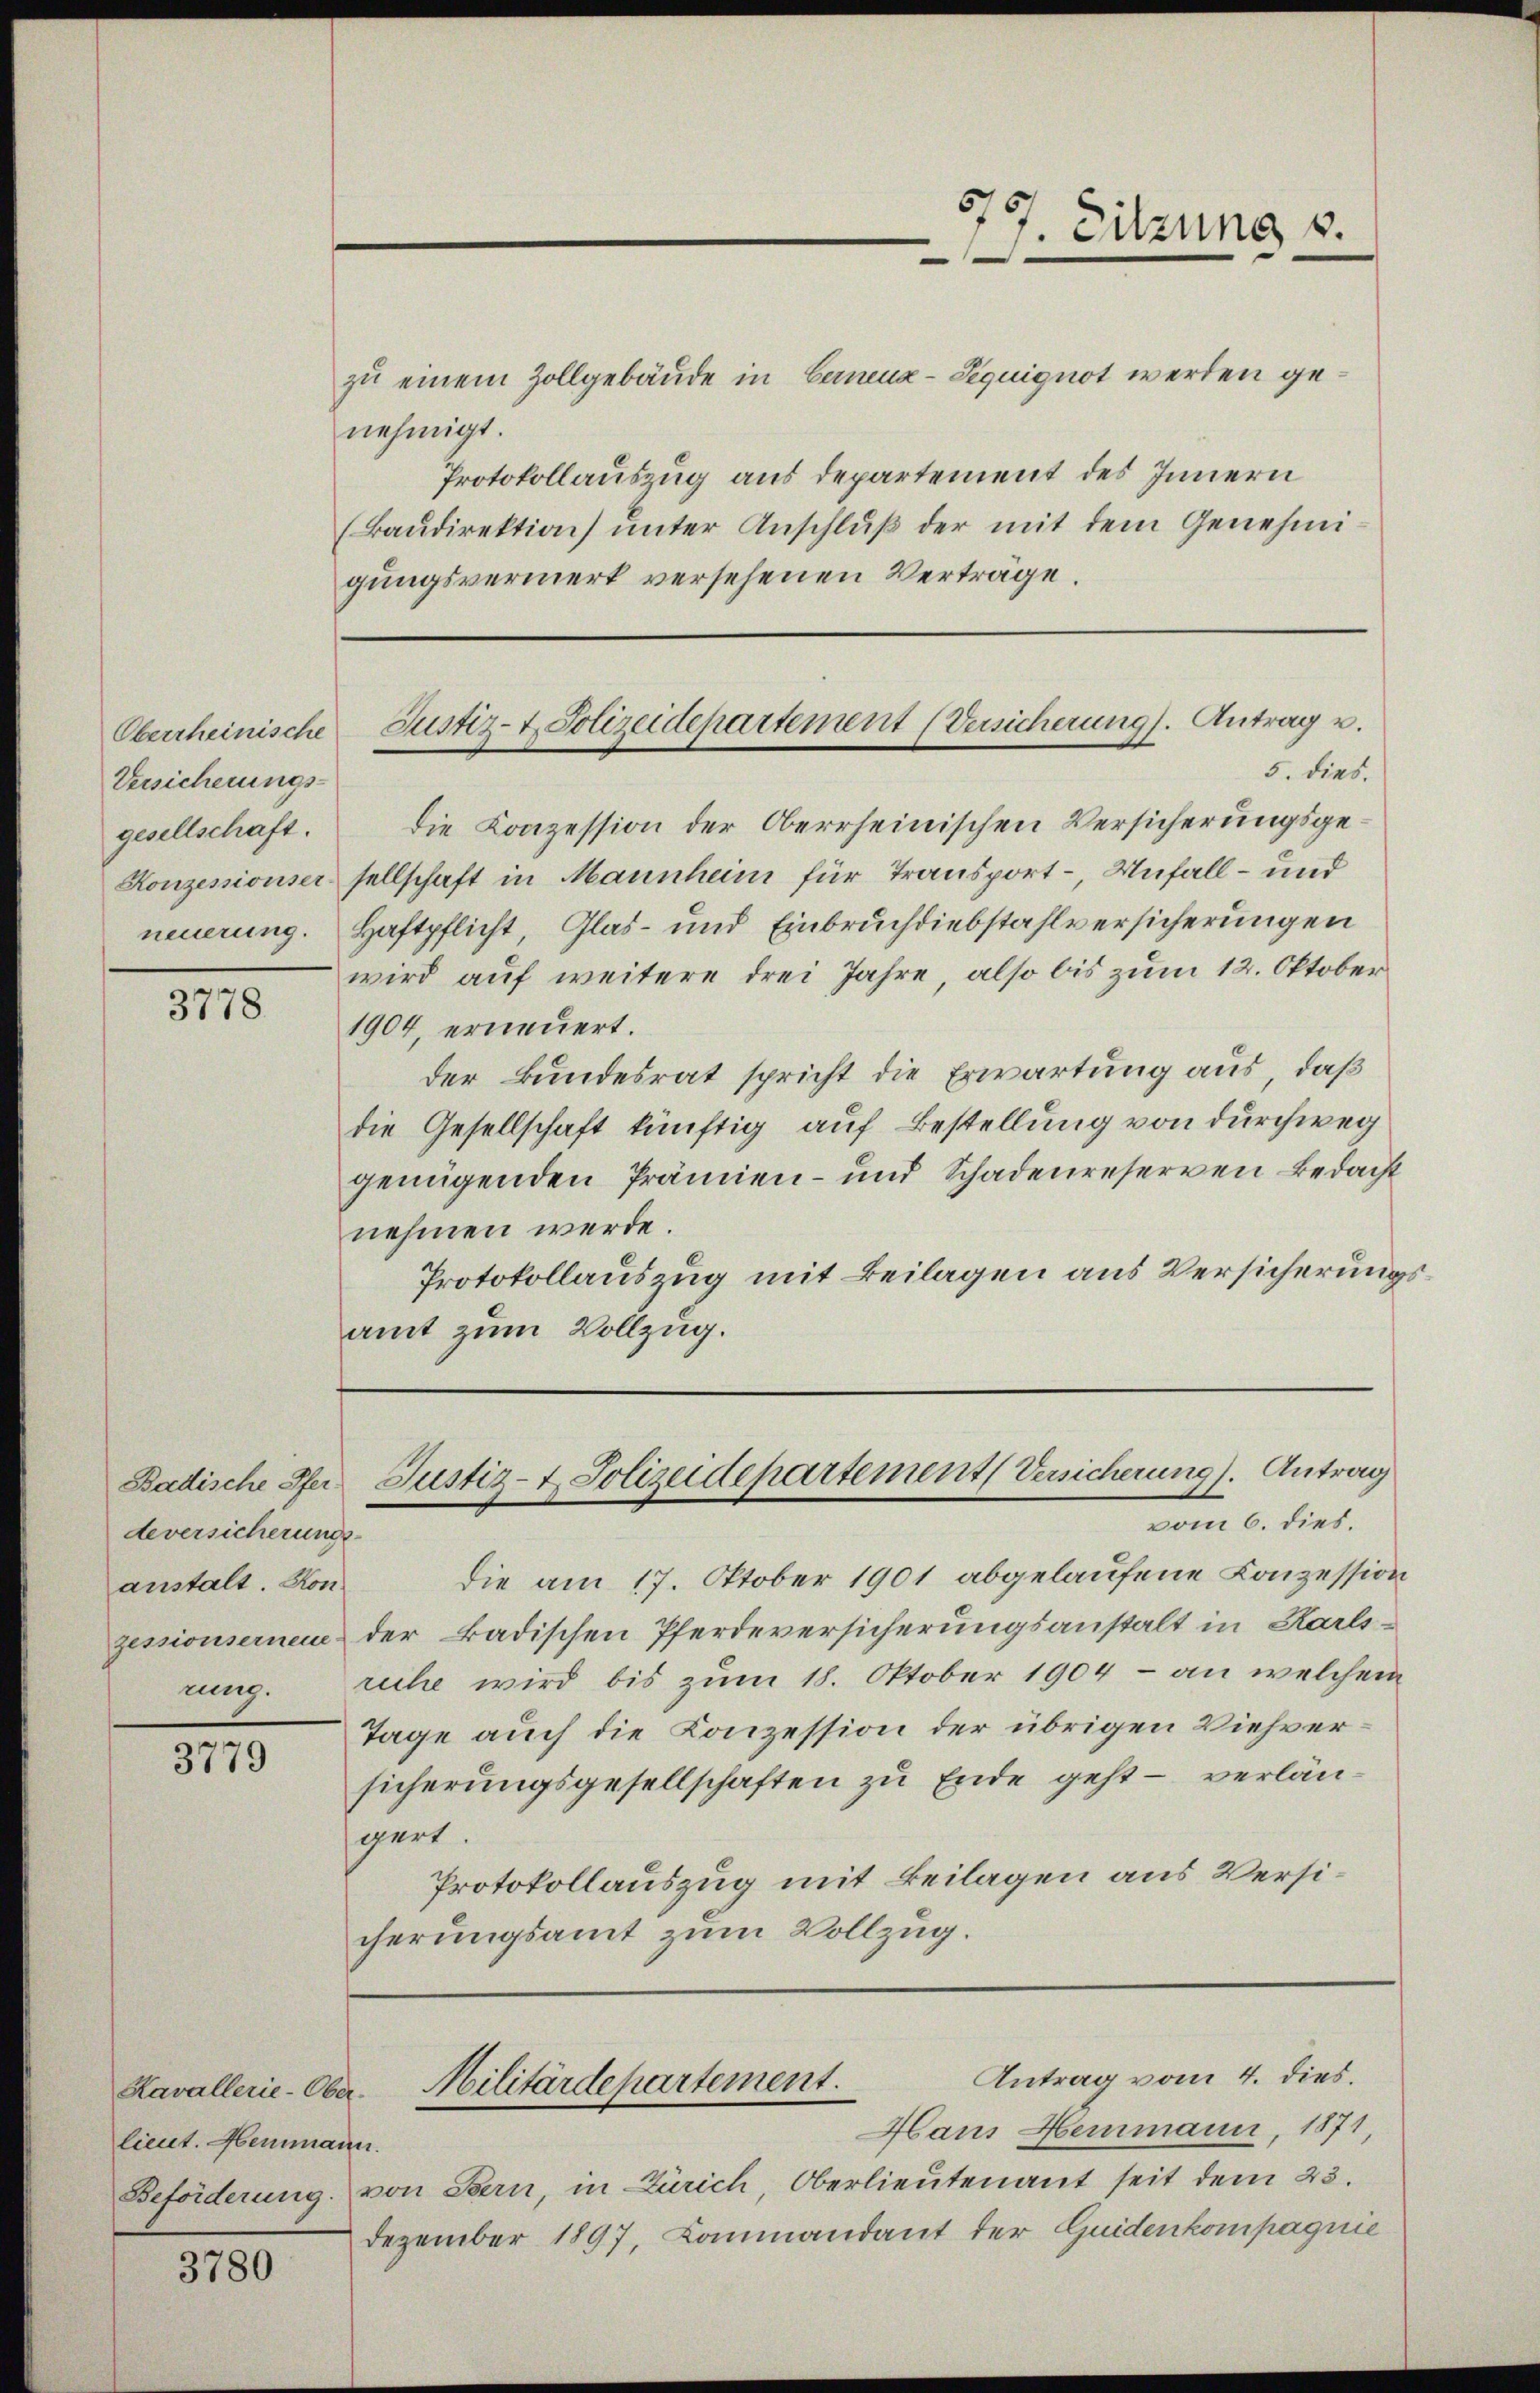
Oberrheinische
Versicherungs-
gesellschaft.
Konzessionser-

3778

Badische Pferdeversicherungs
anstalt. Kon
zessionserneue
rung.

3779

Kavallerie-Oberlieut. Heimann.

3780

zu einem Zollgebäude in Gernenz-Seguignot werden genehmigt.
Protokollauszug aus departement des Innern
(Baŭdirektion unter Anschluß der mit dem Genehmigungsvermerk versehenen Verträge.

die am 17. Oktober 1901 abgelaufene Conzession
der Badischen Pferdeversicherungsanstalt in Karlsreche wird bis zum 18. Oktober 1904 - an welchem
Tage auch die Konzession der übrigen Viehversicherungsgesellschaften zu Ende geht – verlänspart.
Protokollauszug mit Beilagen aus Versicherungsamt zum Vollzug.

577. Sitzung v.

Die Konzession der Oberrheinischen Versicherungsgesellschaft in Mannheim für Transport- Unfall- und
neuerung. Haftpflicht, Glas- und Einbruchdiebstahlversicherungen
wird auf weitere drei Jahre, also bis zum 12. Oktober
1904, erneuert.
der Bundesrat spricht die Erwartung aus, daß
die Gesellschaft künftig auf Bestellung von durchweg
genügenden Prämien- und Schadenreserven Bedacht
nehmen werde.
Protokollauszug mit Beilagen aus Versicherungsamt zum Vollzug.

Justiz- & Polizeidepartement (Versicherung). Antrag u.
5. dies.

Justiz- & Polizeidepartement (Versicherung). Antrag
vom 6. dies.

Antrag vom 4. dies.
Militärdepartement.

Hans Hemmann, 1871
Beförderung von Bern, in Zürich, Oberlieutenant seit dem 23.
Dezember 1897, Lammandant der Guidenkompagnie